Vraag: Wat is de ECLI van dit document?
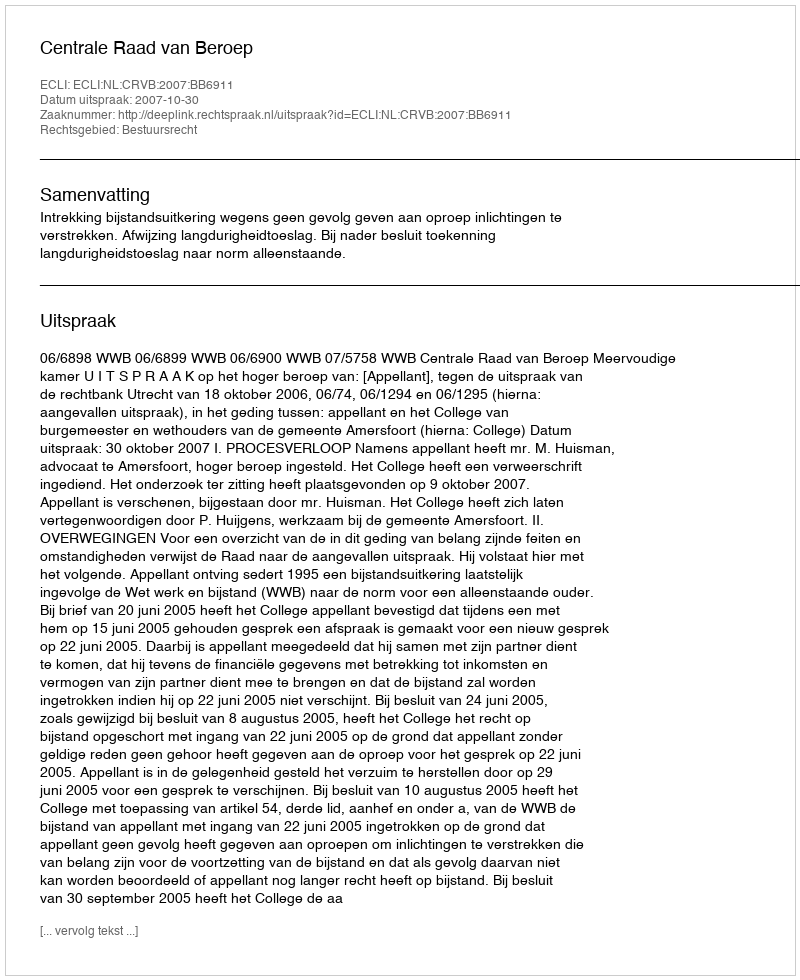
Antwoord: ECLI:NL:CRVB:2007:BB6911